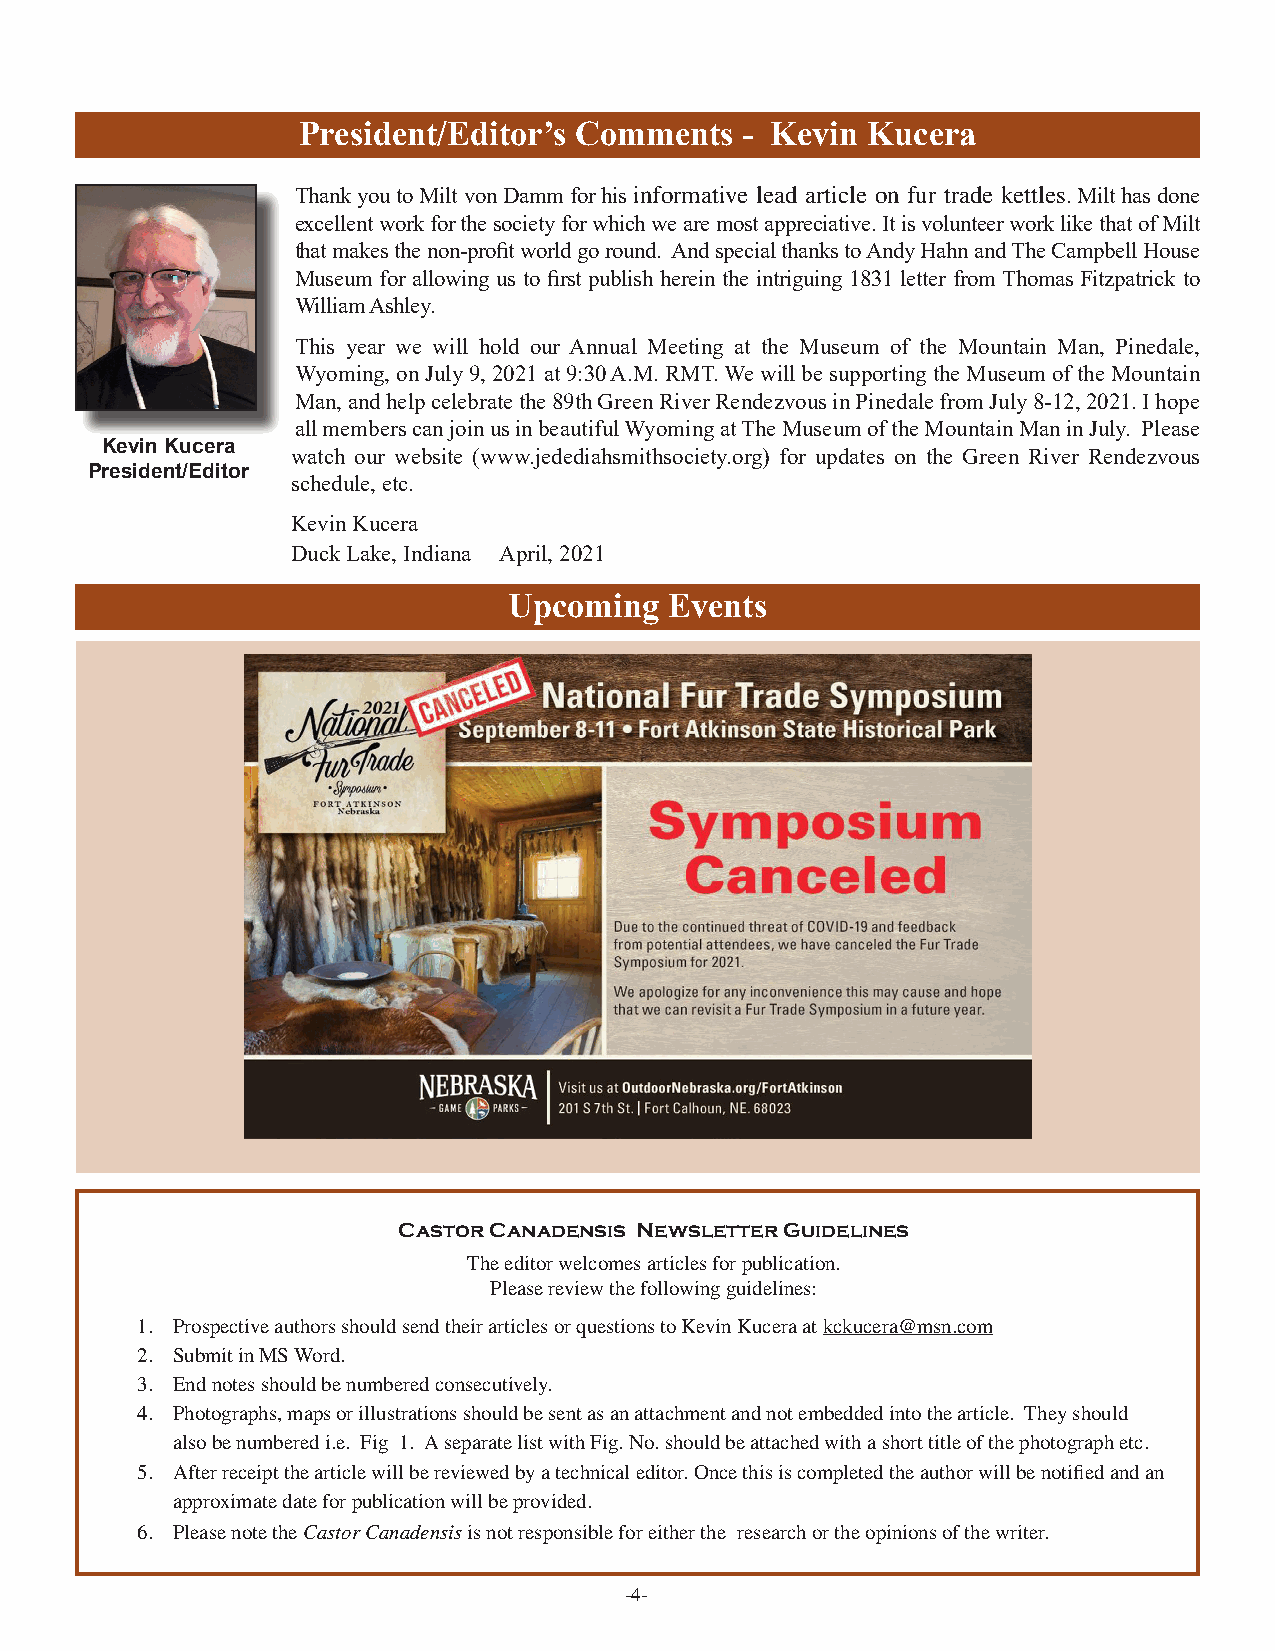
President/Editor’s Comments  - Kevin Kucera
 Thank you to Milt von Damm for his informative lead article on fur trade kettles. Milt has done
 excellent work for the society for which we are most appreciative. It is volunteer work like that of Milt
 that makes the non-profit world go round. And special thanks to Andy Hahn and The Campbell House
 Museum for allowing us to first publish herein the intriguing 1831 letter from Thomas Fitzpatrick to
 William Ashley.
 This year we will hold our Annual Meeting at the Museum of the Mountain Man, Pinedale,
 Wyoming, on July 9, 2021 at 9:30 A.M. RMT. We will be supporting the Museum of the Mountain
 Man, and help celebrate the 89th Green River Rendezvous in Pinedale from July 8-12, 2021. I hope
 all members can join us in beautiful Wyoming at The Museum of the Mountain Man in July. Please
 Kevin Kucera
 watch our website (www.jedediahsmithsociety.org) for updates on the Green River Rendezvous
 President/Editor
 schedule, etc.
 Kevin Kucera
 Duck Lake, Indiana April, 2021
 Upcoming  Events
 Castor Canadensis Newsletter Guidelines
 The editor welcomes articles for publication.
 Please review the following guidelines:
 1. Prospective authors should send their articles or questions to Kevin Kucera at kckucera@msn.com
 2. Submit in MS Word.
 3. End notes should be numbered consecutively.
 4. Photographs, maps or illustrations should be sent as an attachment and not embedded into the article. They should
 also be numbered i.e. Fig 1. A separate list with Fig. No. should be attached with a short title of the photograph etc.
 5. After receipt the article will be reviewed by a technical editor. Once this is completed the author will be notified and an
 approximate date for publication will be provided.
 6. Please note the Castor Canadensis is not responsible for either the research or the opinions of the writer.
 -4-